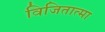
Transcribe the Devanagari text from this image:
विजितात्मा